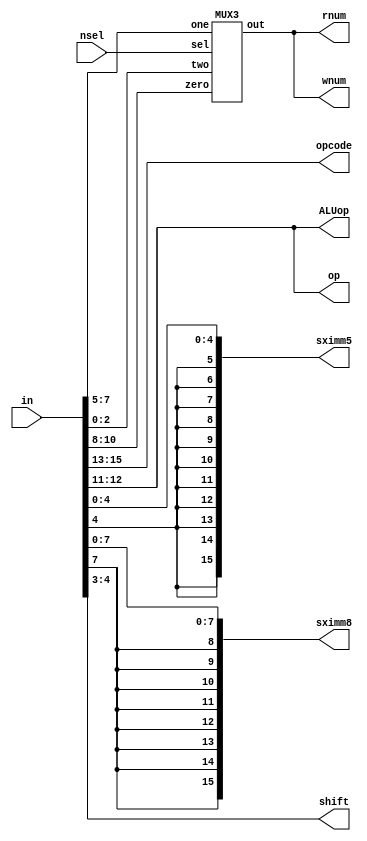
module instructionDec(in, nsel, opcode, op, ALUop, sximm5, sximm8, shift, rnum, wnum);
    input  [15:0] in;
    input  [1:0]  nsel;

    output [1:0]  ALUop,  shift, op;
    output [2:0]  opcode, rnum,  wnum;
    output [15:0] sximm5, sximm8;

    wire   [2:0]  rn, rd, rm, rwnum;

    // opcode |   op   |  rn   |  rd  |  shift  |  rm   |
    //        |  ALUop |
    //  xxx   |   xx   |  xxx  |  xxx |   xx    |  xxx  |
    // NOTE THAT OP and ALUOP OCCUPY THE SAME BITS
    assign opcode = in[15:13];
    assign op     = in[12:11];
    assign ALUop  = in[12:11];
    assign shift  = in[4:3];
    assign rn     = in[10:8];
    assign rd     = in[7:5];
    assign rm     = in[2:0];

    // sign extend, extends the binary integer to 16 bits
    assign sximm5 = {{11{in[4]}}, in[4:0]};     
    assign sximm8 = {{8{in[7]}}, in[7:0]};

    // input nsel is given by controller this mux simply acts as a selector of what 
    // register to read from/write to
    MUX3 readwriteMux(rn, rd, rm, nsel, rwnum);

    // which ever register address is selected is assinged readnum as well as writenum 
    // as this module does not know if the controller will require a read or write 
    // operation from the regFile
    assign rnum   = rwnum;
    assign wnum   = rwnum;
endmodule

module MUX3(zero, one, two, sel, out);
    input [2:0] zero, one, two;
    input [1:0] sel;
    output reg [2:0] out;

    always@(*)begin
        case(sel)
            2'b00: out = zero;
            2'b01: out = one;
            2'b11: out = two;
            default: out = 3'bxxx;
        endcase
    end
endmodule